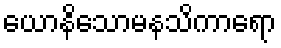
ယောနိသောမနသိကာရော